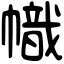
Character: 幟